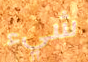
شيء